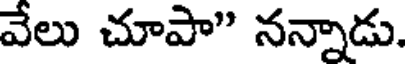
వేలు చూపా" నన్నాడు.